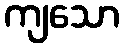
ကျသော